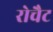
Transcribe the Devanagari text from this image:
रोचैट